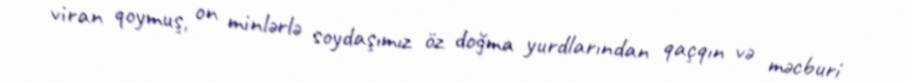
viran qoymuş, on minlərlə soydaşımız öz doğma yurdlarından qaçqın və məcburi